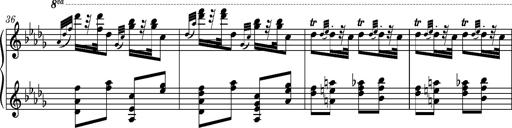
Title: Ungarische Nationalmelodien, S.243
Composer: Franz Liszt